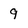
Character: 9